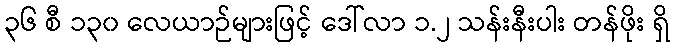
၃၆ စီ ၁၃၀ လေယာဉ်များဖြင့် ဒေါ်လာ ၁.၂ သန်းနီးပါး တန်ဖိုး ရှိ